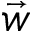
\Vec { w }